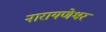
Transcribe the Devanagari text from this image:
नारायणेश्वर